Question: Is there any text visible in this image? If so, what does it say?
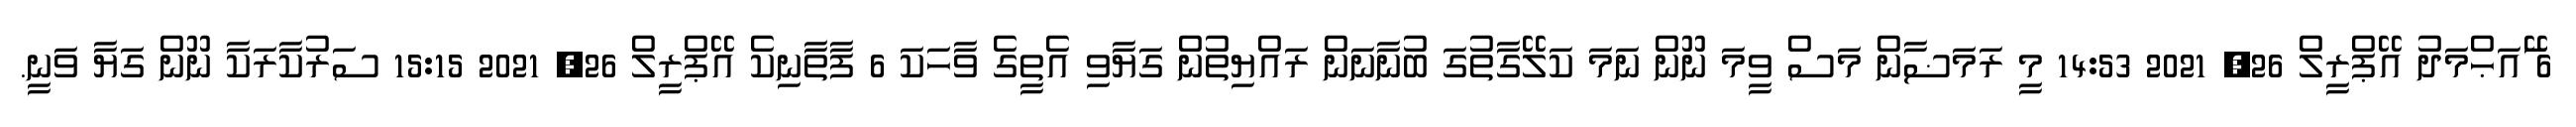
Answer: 6 ޭައަޙްމަދު އޭޕްރީލް 26, 2021 14:53 މީ ރަމަޟާން މަސް ވީމަ ނޫން ނަމަ ކަލޭގާތުގަ ބުނާނަން ރައްޔިތުން ގަޔާވި އެތީގެ ވާހަކަ 6 ފާތާނިކެ އޭޕްރީލް 26, 2021 15:15 ސަރުކާރަކާ ނޫން ގަޔާ ވަނީ.